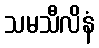
သမသီလိနံ